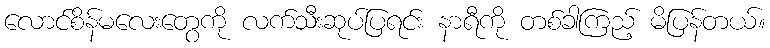
လောင်စိန်မလေးတွေကို လက်သီးဆုပ်ပြရင်း နာရီကို တစ်ခါကြည့် မိပြန်တယ်။